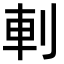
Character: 𠜒